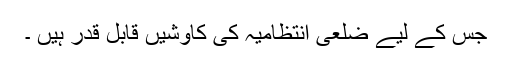
جس کے لیے ضلعی انتظامیہ کی کاوشیں قابل قدر ہیں ۔